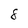
Character: 8